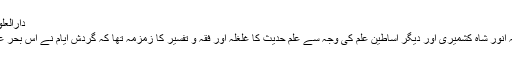
دارالعلوم دیوبند سے جامعہ ڈابھیل:
دارالعلوم میں حضرت علامہ انور شاہ کشمیری اور دیگر اساطین علم کی وجہ سے علم حدیث کا غلغلہ اور فقہ و تفسیر کا زمزمہ تھا کہ گردشِ ایام نے اس بحرِ علم وفن میں تلاطم پیدا کردیا۔